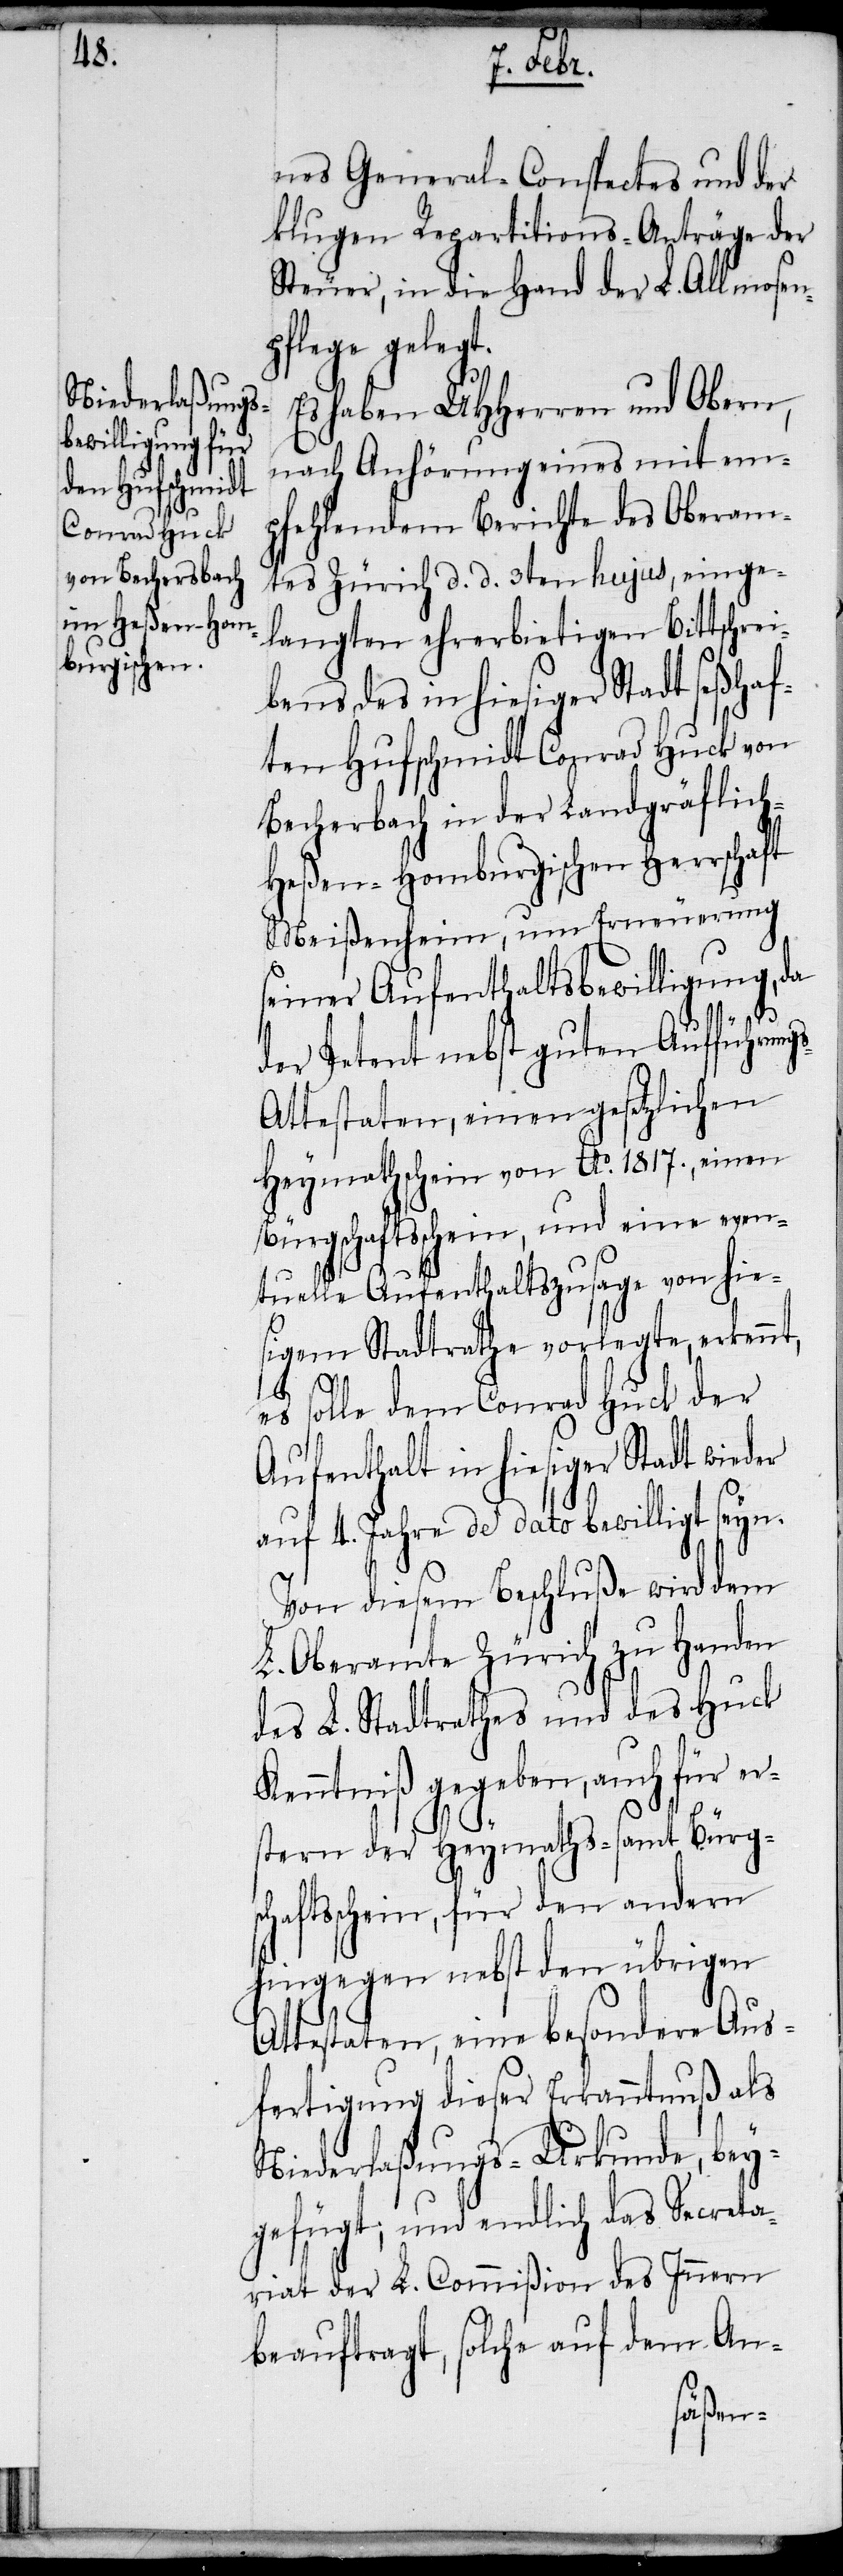
nes General-Conspectes und der
klugen Repartitions-Anträge der
Steuer, in die Hand der L. Allmosen¬
pflege gelegt.
Es haben UHHerren und Obern,
nach Anhörung eines mit em¬
pfehlendem Berichte des Oberam¬
tes Zürich d. d. 3ten hujus, einge¬
langten ehrerbietigen Bittschrei¬
bens des in hiesiger Stadt seßhaf¬
ten Hufschmidt Conrad Huck von
Becherbach in der Landgräflic¬
eßen-Homburgischen Herrschaft
Meißenheim, um Erneuerung
seiner Aufenthaltsbewilligung, da
h-H¬
der Petent nebst guten Aufführungs-A¬
ttestaten, einen gesetzlichen
Heymathschein von Ao. 1817., einen
Bürgschaftsschein, und eine even¬
tuelle Aufenthaltszusage von hie¬
sigem Stadtrathe vorlegte, erkennt,
es solle dem Conrad Huck der
Aufenthalt in hiesiger Stadt wieder
auf 4. Jahre de dato bewilligt seyn.
Von diesem Beschluße wird dem
L. Oberamte Zürich zu Handen
des L. Stadtrathes und des Huck
Kenntniß gegeben, auch für er¬
stern der Heymaths- samt Bürgs¬
chaftsschein, für den andern
hingegen nebst den übrigen
Attestaten, eine besondere Aus¬
fertigung dieser Erkanntnuß als
Niederlaßungs-Urkunde, bey¬
gefügt; und endlich das Secreta¬
riat der L. Commißion des Innern
beauftragt, solche auf dem An-